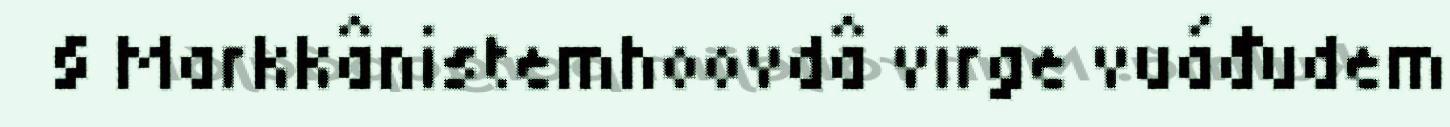
§ Markkânistemhoovdâ virge vuáđudem